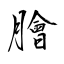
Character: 膾